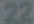
22